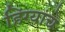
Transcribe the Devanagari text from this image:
हिंग्यांचे